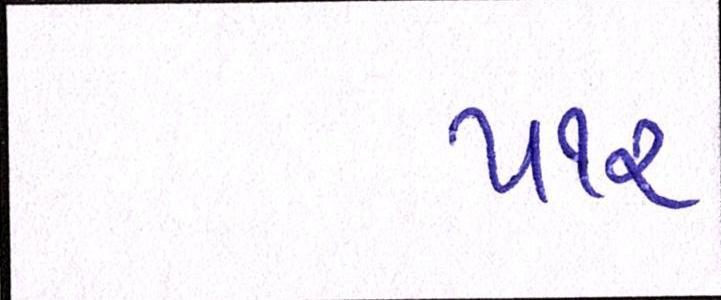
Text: ૫૧૨